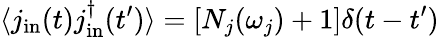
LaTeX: \langle j_{\mathrm{in}}(t)j_{\mathrm{in}}^{\dagger}(t^{\prime})\rangle=[N_{j}(\omega_{j})+1]\delta(t-t^{\prime})